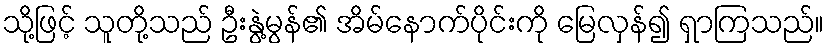
သို့ဖြင့် သူတို့သည် ဦးနွဲ့မွန်၏ အိမ်နောက်ပိုင်းကို မြေလှန်၍ ရှာကြသည်။